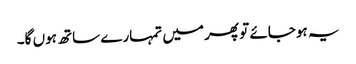
یہ ہوجائے تو پھر میں تمہارے ساتھ ہوں گا۔